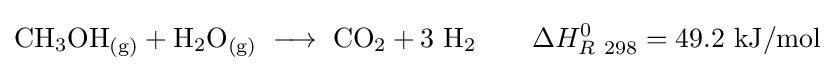
\mathrm {CH_{3}OH_{(g)}+H_{2}O_{(g)}\;\longrightarrow \;CO_{2}+3\ H_{2}\qquad } \Delta H_{R\ 298}^{0}=49.2\ \mathrm {kJ/mol}